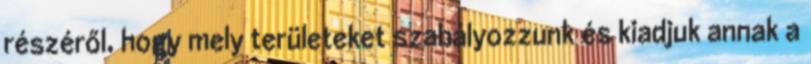
részéről, hogy mely területeket szabályozzunk és kiadjuk annak a